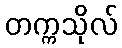
တက္ကသိုလ်